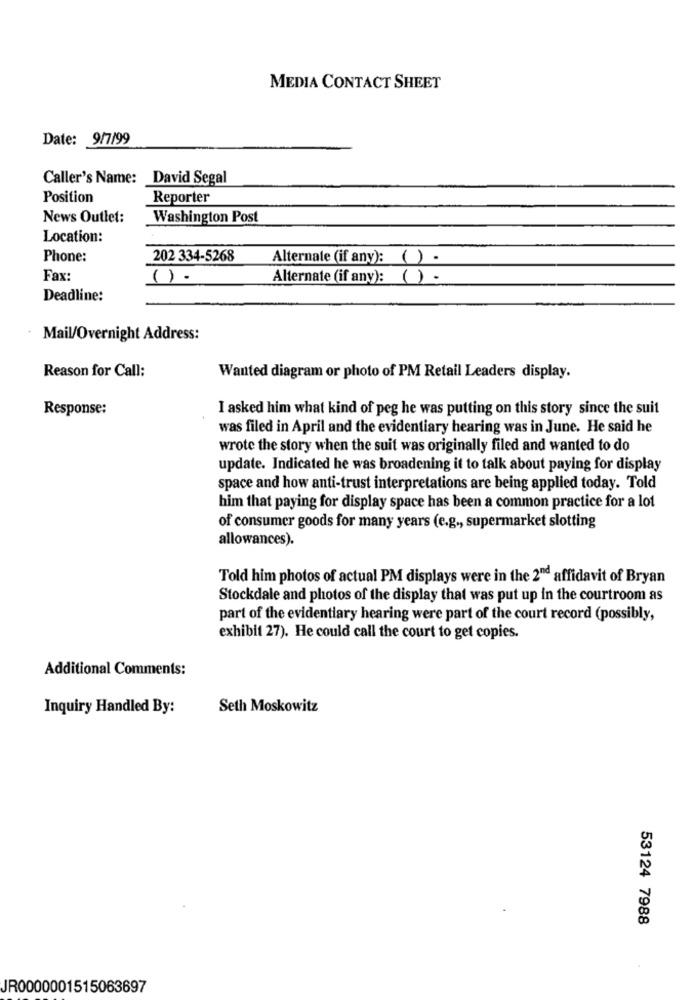
MEDIA CONTACT SHEET
Date: 9/7/99
Caller's Name: David Segal
Position
Reporter
News Outlet:
Washington Post
Location:
Phone:
202 334-5268
Alternate (if any): ( ) -
Fax:
().
Alternate (if any): ()-
Deadline:
Mail/Overnight Address:
Reason for Call:
Wanted diagram or photo of PM Retail Leaders display.
Response:
I asked him what kind of peg he was putting on this story since the suit
was filed in April and the evidentiary hearing was in June. He said he
wrote the story when the suit was originally filed and wanted to do
update. Indicated he was broadening it to talk about paying for display
space and how anti-trust interpretations are being applied today. Told
him that paying for display space has been a common practice for a lot
of consumer goods for many years (e.g ., supermarket slotting
allowances).
Told him photos of actual PM displays were in the 2nd affidavit of Bryan
Stockdale and photos of the display that was put up in the courtroom as
part of the evidentiary hearing were part of the court record (possibly,
exhibit 27). He could call the court to get copies.
Additional Comments:
Inquiry Handled By:
Seth Moskowitz
53124 7988
JR0000001515063697